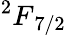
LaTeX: {^2F}_{7/2}